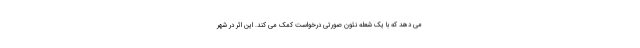
می دهد که با یک شعله نئون صورتی درخواست کمک می کند. این اثر در شهر